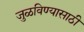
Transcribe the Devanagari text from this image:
जुळविण्यासाठी